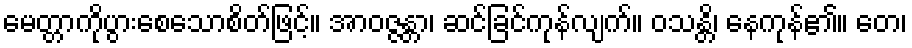
မေတ္တာကိုပွားစေသောစိတ်ဖြင့်။ အာဝဇ္ဇန္တာ၊ ဆင်ခြင်ကုန်လျက်။ ဝသန္တိ၊ နေကုန်၏။ တေ၊